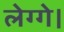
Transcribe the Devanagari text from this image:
लेग्गे।